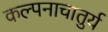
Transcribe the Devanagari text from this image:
कल्पनाचातुर्य